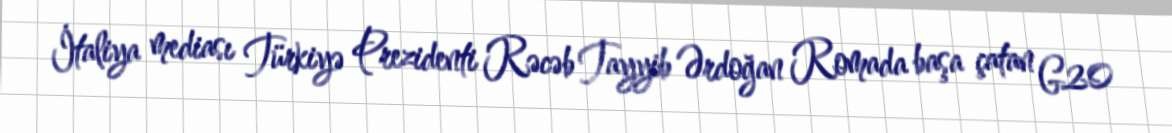
İtaliya mediası Türkiyə Prezidenti Rəcəb Tayyib Ərdoğan Romada başa çatan G20